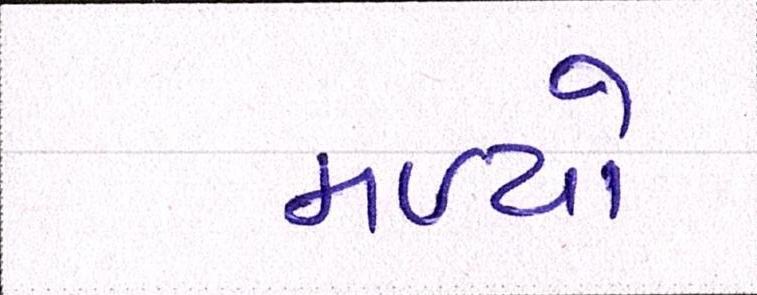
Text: મળ્યો